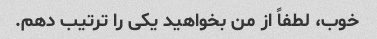
خوب، لطفاً از من بخواهید یکی را ترتیب دهم.